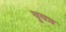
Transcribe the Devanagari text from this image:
चूवन्न